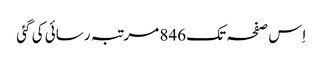
اِس صفحہ تک 846 مرتبہ رسائی کی گئی